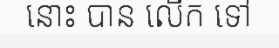
នោះ បាន លើក ទៅ